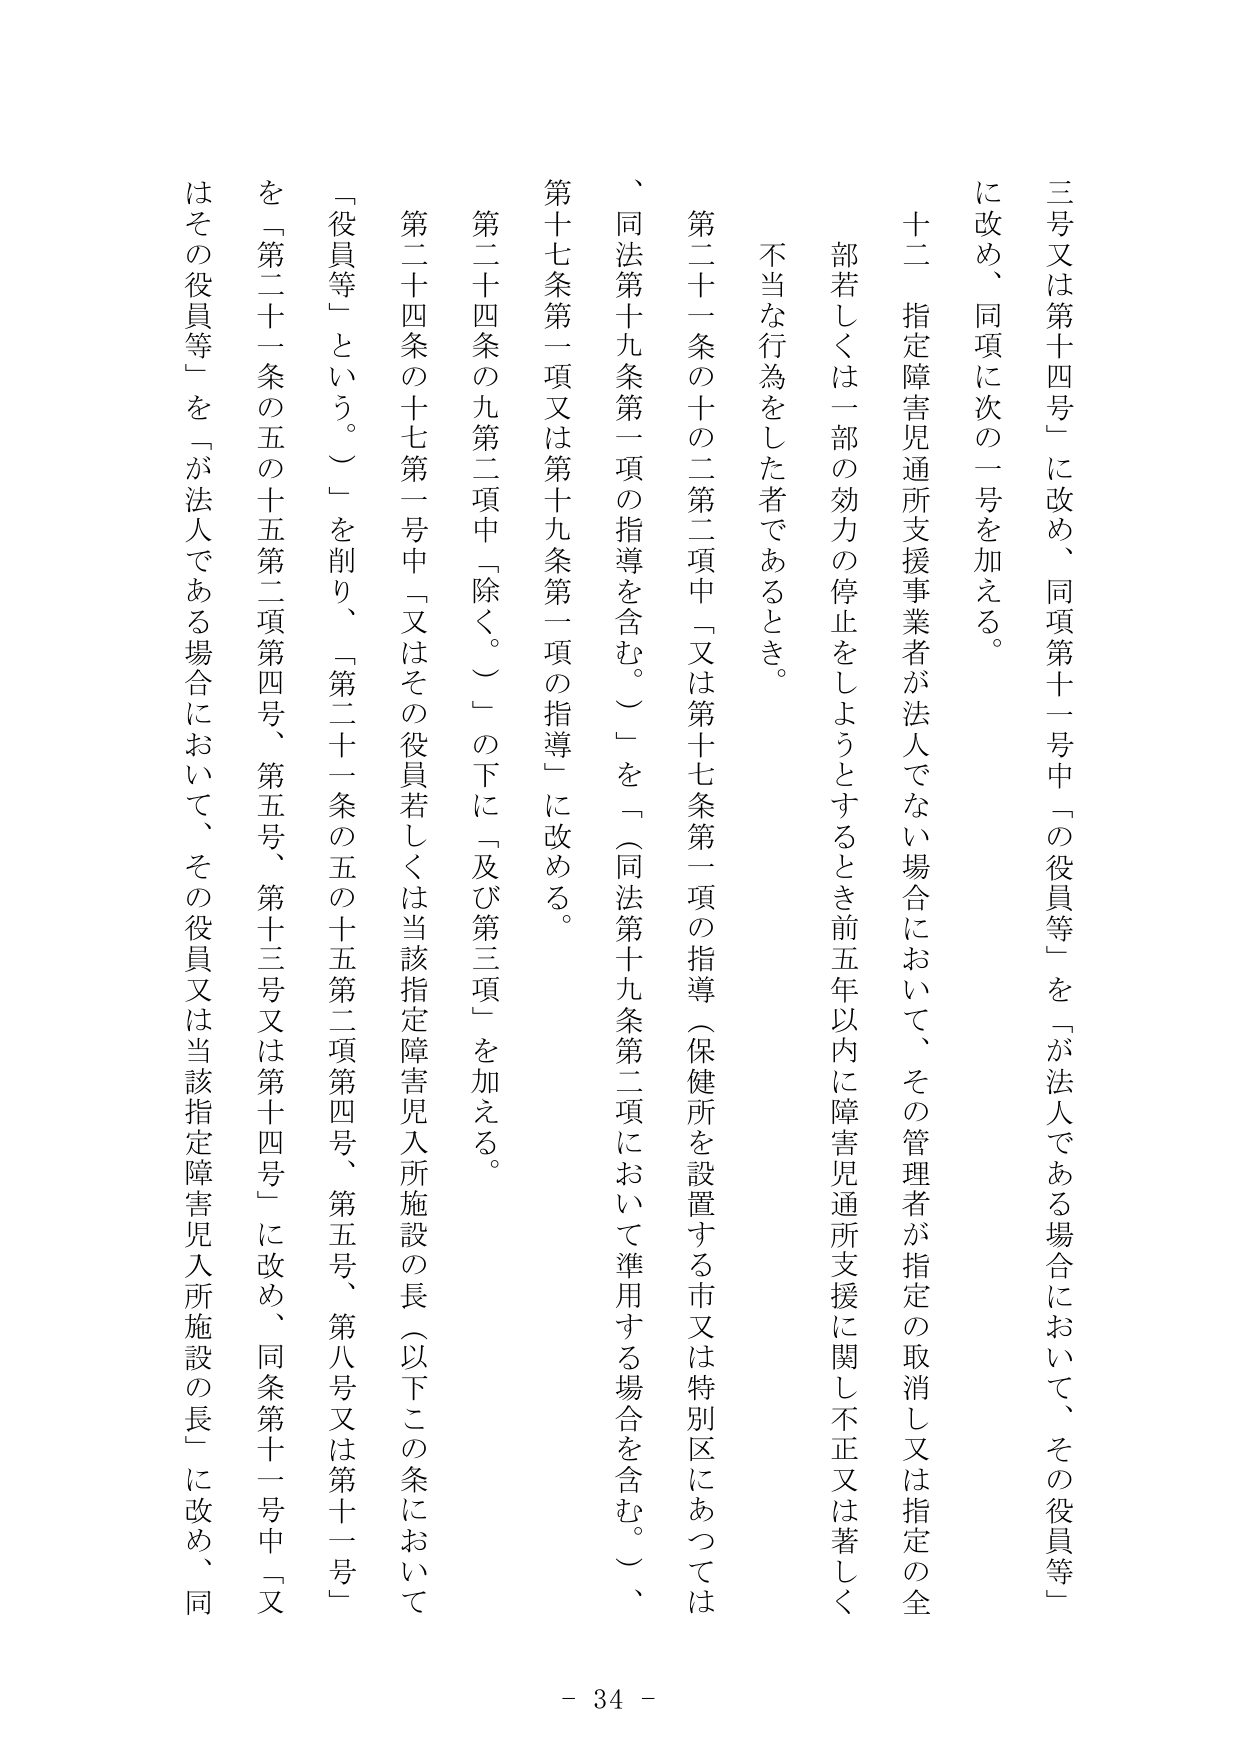
三号又は第十四号」に改め、同項第十一号中「の役員等」を「が法人である場合において、その役員等」に改め、同項に次の一号を加える。

十二 指定障害児通所支援事業者が法人でない場合において、その管理者が指定の取消し又は指定の全部若しくは一部の効力の停止をしようとするとき前五年以内に障害児通所支援に関して不正又は著しく不当な行為をした者であるとき。

第二十一条の十の二第二項中「又は第十七条第一項の指導（保健所を設置する市又は特別区にあっては、同法第十九条第一項の指導を含む。）」を「（同法第十九条第二項において準用する場合を含む。）、第十七条第一項又は第十九条第一項の指導」に改める。

第二十四条の九第二項中「除く。」の下に「及び第三項」を加える。

第二十四条の十七第一号中「又はその役員若しくは当該指定障害児入所施設の長（以下この条において「役員等」という。）」を削り、「第二十一条の五の十五第二項第四号、第五号、第八号又は第十一号」を「第二十一条の五の十五第二項第四号、第五号、第十三号又は第十四号」に改め、同条第十一号中「又はその役員等」を「が法人である場合において、その役員又は当該指定障害児入所施設の長」に改め、同

- 34 -